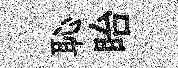
恥眙